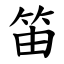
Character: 笛